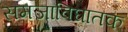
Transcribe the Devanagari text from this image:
समजाविघातक